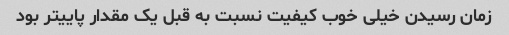
زمان رسیدن خیلی خوب کیفیت نسبت به قبل یک مقدار پاییتر بود